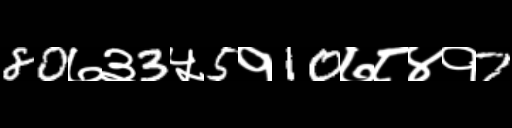
Text: 80७३3५5१10७८४१7